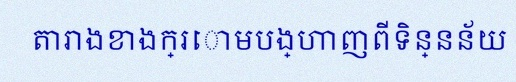
តារាងខាងក្រោមបង្ហាញពីទិន្នន័យ